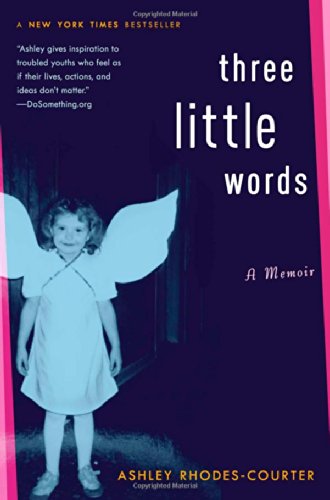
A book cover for Three Little Words: A Memoir; Ashley Rhodes-Courter; Teen & Young Adult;